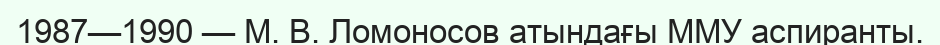
1987—1990 — М. В. Ломоносов атындағы ММУ аспиранты.